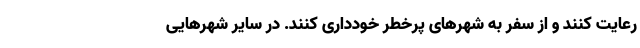
رعایت کنند و از سفر به شهرهای پرخطر خودداری کنند. در سایر شهرهایی